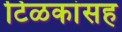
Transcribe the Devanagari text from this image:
टिळकांसह